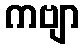
ကဗျာ